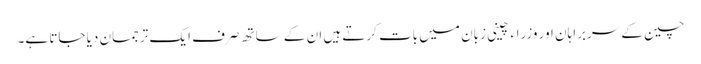
چین کے سربراہان اور وزراء چینی زبان میں بات کرتے ہیں ان کے ساتھ صرف ایک ترجمان دیا جاتا ہے۔